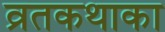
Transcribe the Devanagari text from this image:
व्रतकथाका